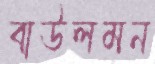
বাউলমন